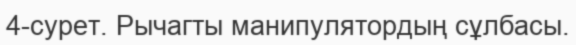
4-сурет. Рычагты манипулятордың сұлбасы.